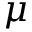
\mu